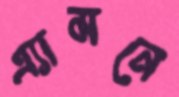
এ্যামনে